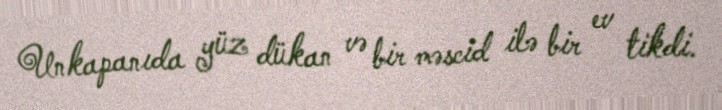
Unkapanıda yüz dükan və bir məscid ilə bir ev tikdi.